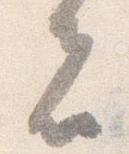
者